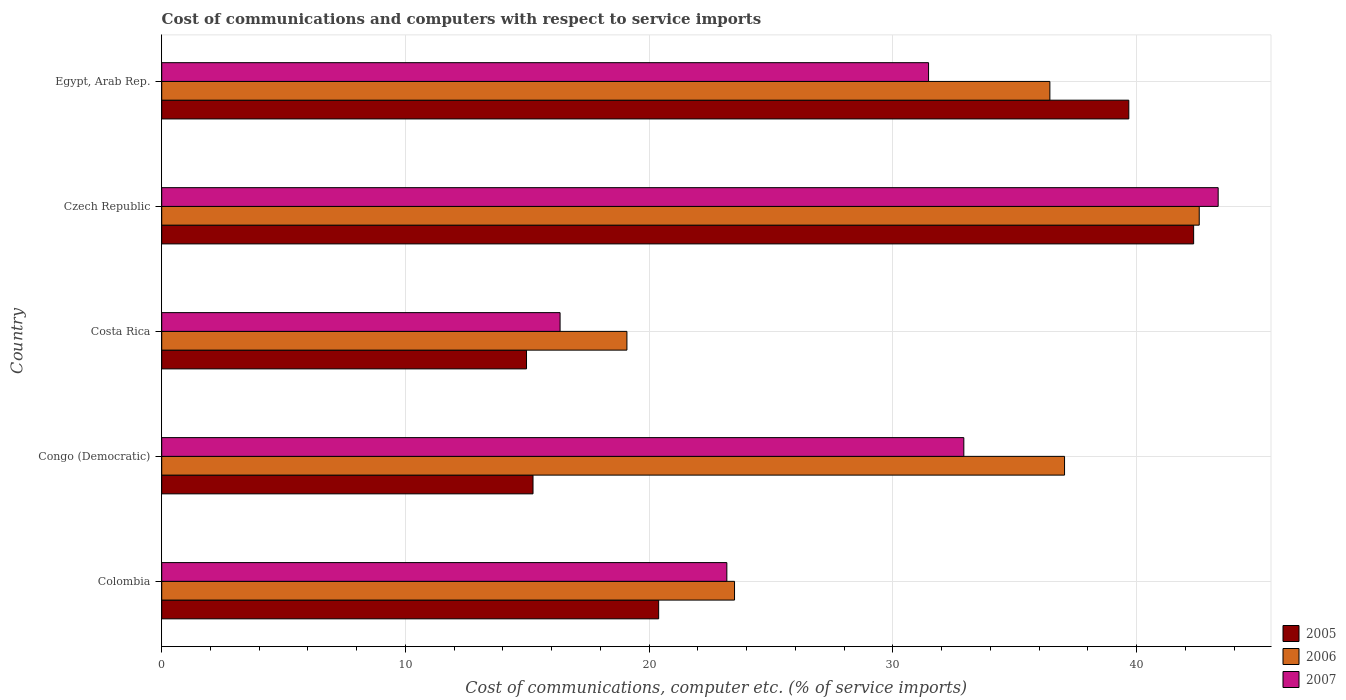
| Country | 2005 | 2006 | 2007 |
 | --- | --- | --- | --- |
 | Colombia | 20.4 | 23.5 | 23.2 |
 | Congo (Democratic) | 15.2 | 37 | 32.9 |
 | Costa Rica | 15 | 19.1 | 16.3 |
 | Czech Republic | 42.3 | 42.6 | 43.3 |
 | Egypt, Arab Rep. | 39.7 | 36.4 | 31.5 |